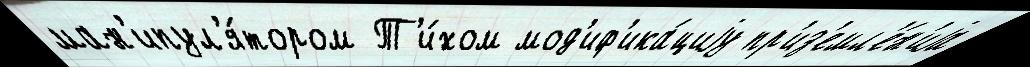
ман'ипул'я́тором Т'и́хом мод'иф'ика́циjу пр'из'емл'е́н'иjа